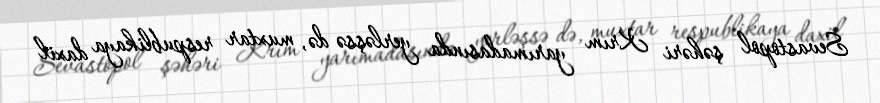
Sevastopol şəhəri Krım yarımadasında yerləşsə də, muxtar respublikaya daxil